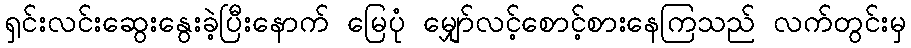
ရှင်းလင်းဆွေးနွေးခဲ့ပြီးနောက် မြေပုံ မျှော်လင့်စောင့်စားနေကြသည် လက်တွင်းမှ